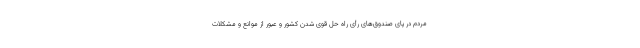
مردم در پای صندوق‌های رأی راه حل قوی شدن کشور و عبور از موانع و مشکلات